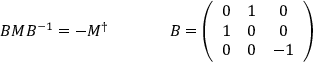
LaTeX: \begin{array} { c c } { { { \cal B } { \cal M } { \cal B } ^ { - 1 } = - { \cal M } ^ { \dagger } ~ ~ ~ ~ } } & { { ~ ~ ~ ~ { \cal B } = \left( \begin{array} { c c c } { { 0 } } & { { 1 } } & { { 0 } } \\ { { 1 } } & { { 0 } } & { { 0 } } \\ { { 0 } } & { { 0 } } & { { - 1 } } \end{array} \right) } } \end{array}